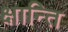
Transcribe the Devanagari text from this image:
क्षान्ति